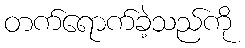
တက်ရောက်ခဲ့သည်ကို